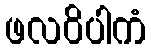
ဖလဝိပါကံ